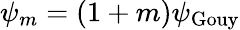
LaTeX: \psi_{m}=(1+m)\psi_{\mathrm{Gouy}}